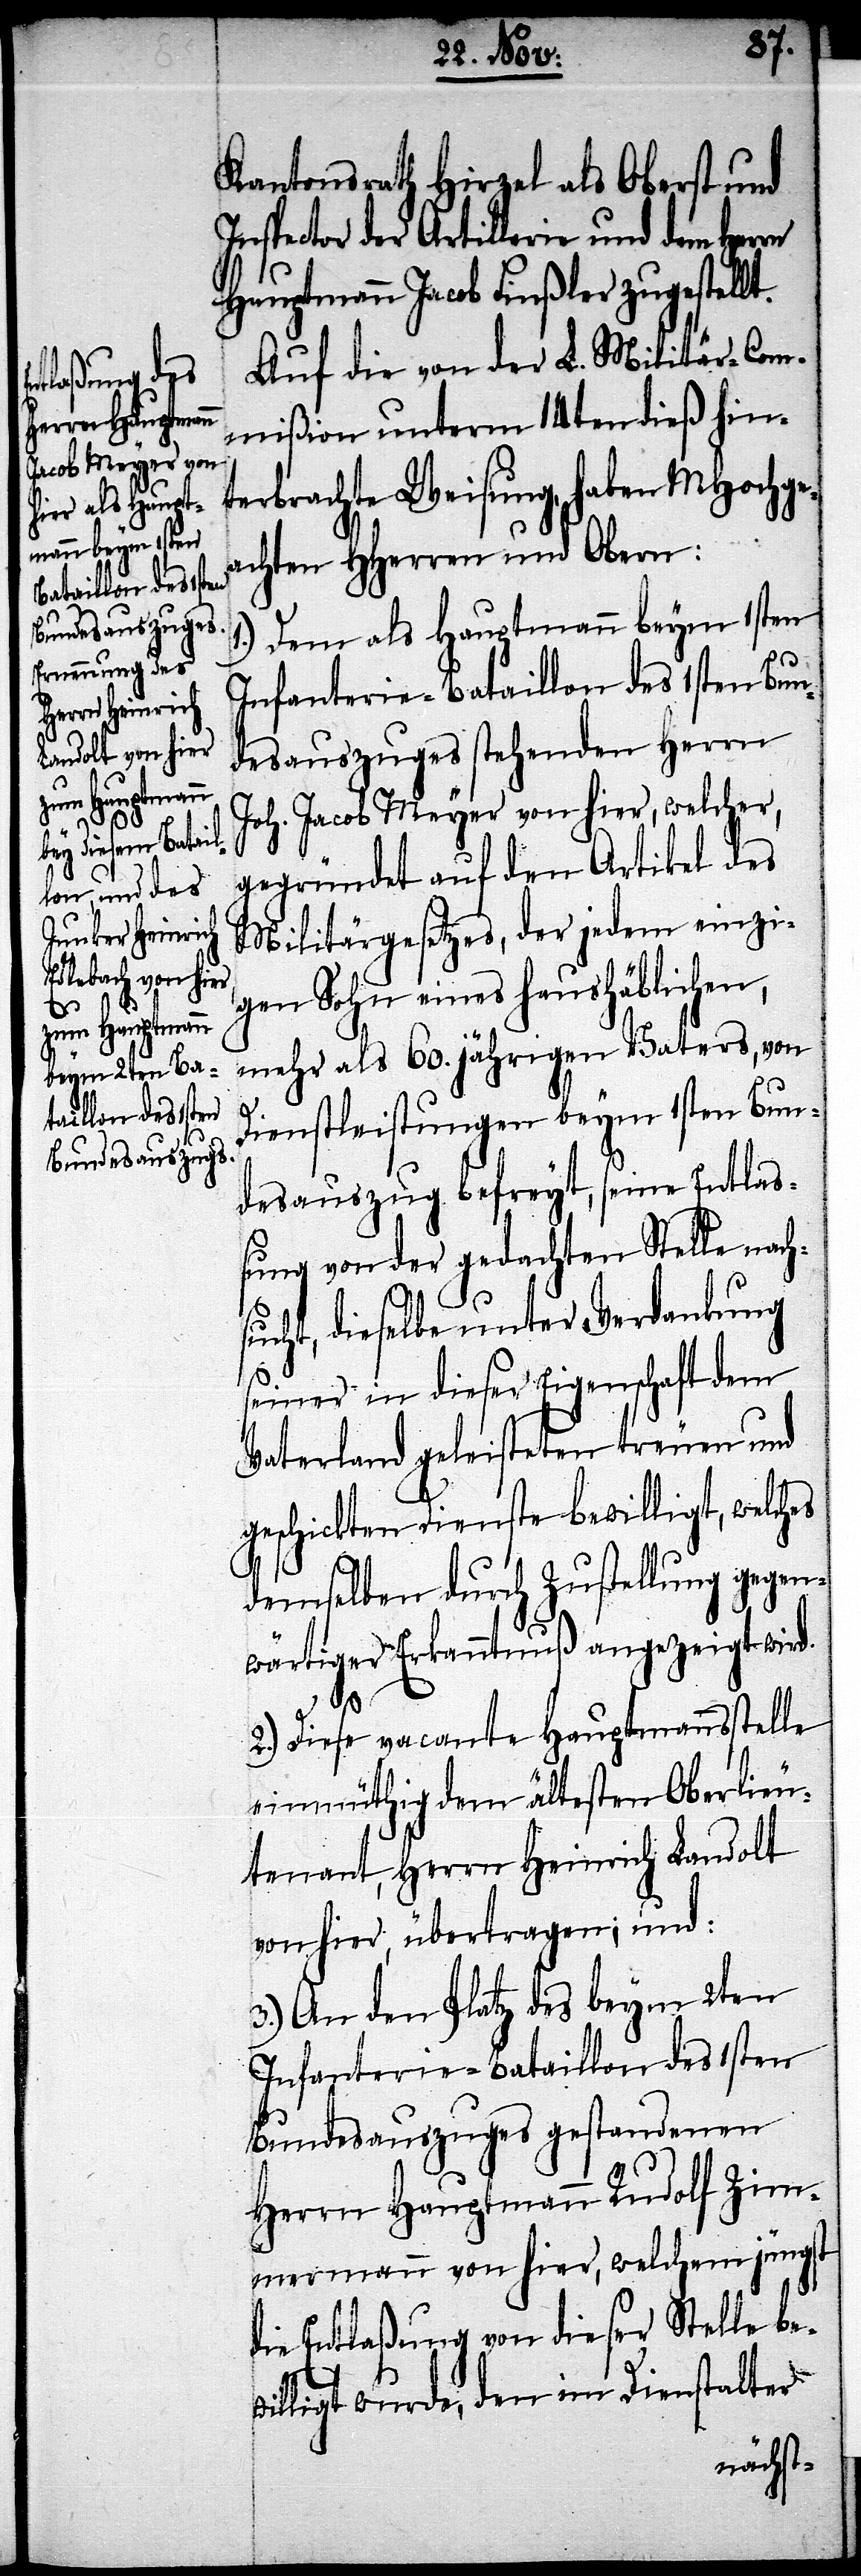
Kantonsrath Hirzel als Oberst und
Inspector der Artillerie und dem Herrn
Hauptmann Jacob Finßler zugestellt.
Auf die von der L. Militär-Com¬
mißion unterm 14ten dieß hin¬
terbrachte Weisung, haben MHochge¬
achten HHerren und Obern:
1.) Dem als Hauptmann beym 1sten
Infanterie-Bataillon des 1sten Bun¬
desauszuges stehenden Herrn
Joh. Jacob Meyer von hier, welcher,
gegründet auf den Artikel des
Militärgesetzes, der jedem einzi¬
gen Sohn eines haushäblichen,
mehr als 60. jährigen Vaters, von
Dienstleistungen beym 1sten Bun¬
desauszug befreyt, seine Entlaß¬
ung von der gedachten Stelle nachs¬
ucht, dieselbe unter Verdankung
seiner in dieser Eigenschaft dem
Vaterland geleisteten treuen und
geschickten Dienste bewilligt, welches
demselben durch Zustellung gegen¬
wärtiger Erkanntnuß angezeigt wird.
2.) Diese vacante Hauptmannsstelle
einmüthig dem ältesten Oberlieu¬
tenant, Herrn Heinrich Landolt
von hier, übertragen; und:
3.) An den Platz des beym 2ten
Infanterie-Bataillon des 1sten
Bundesauszuges gestandenen
Herrn Hauptmann Rudolf Zim¬
mermann von hier, welchem jüngst
die Entlaßung von dieser Stelle bew¬
illigt wurde, den im Dienstalter